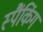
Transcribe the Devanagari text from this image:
स्पैंकिंग